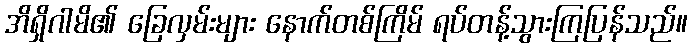
အိရှိဂါမိ၏ ခြေလှမ်းများ နောက်တစ်ကြိမ် ရပ်တန့်သွားကြပြန်သည်။